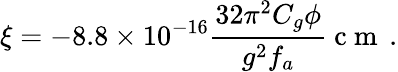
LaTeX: \xi=-8.8\times 10^{-16}\frac{32\pi^{2}C_{g}\phi}{g^{2}f_{a}}\mathrm{~c~m~}\, .